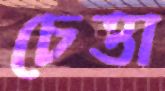
চেত্তা